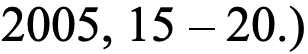
2005, 15 – 20.)